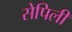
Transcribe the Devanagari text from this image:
सेपिली